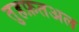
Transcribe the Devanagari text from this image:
तुहफ़तअल